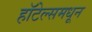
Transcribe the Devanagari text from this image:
हॉटेल्समधून